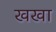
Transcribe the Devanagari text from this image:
खखा